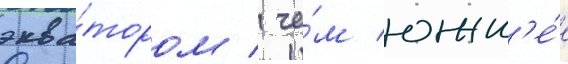
эква́тором / че́м южн'е́е